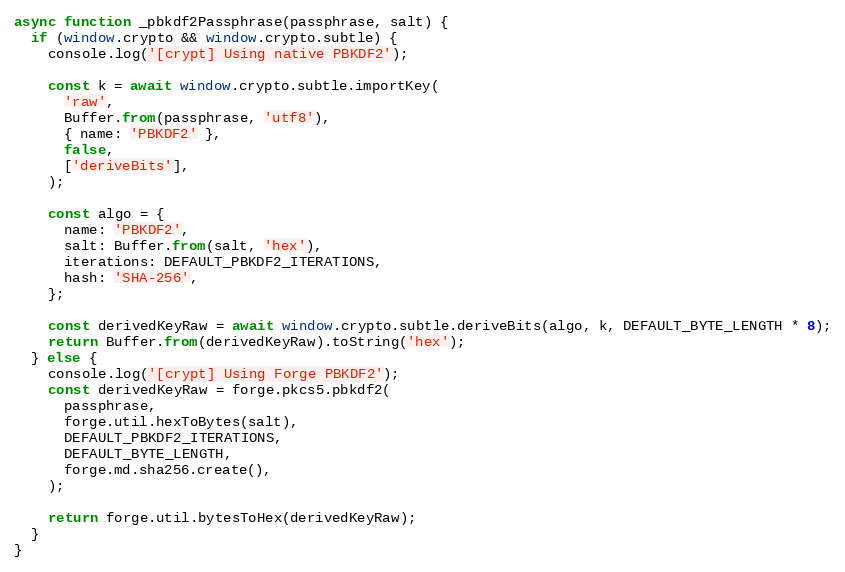
Language: JavaScript
async function _pbkdf2Passphrase(passphrase, salt) {
  if (window.crypto && window.crypto.subtle) {
    console.log('[crypt] Using native PBKDF2');

    const k = await window.crypto.subtle.importKey(
      'raw',
      Buffer.from(passphrase, 'utf8'),
      { name: 'PBKDF2' },
      false,
      ['deriveBits'],
    );

    const algo = {
      name: 'PBKDF2',
      salt: Buffer.from(salt, 'hex'),
      iterations: DEFAULT_PBKDF2_ITERATIONS,
      hash: 'SHA-256',
    };

    const derivedKeyRaw = await window.crypto.subtle.deriveBits(algo, k, DEFAULT_BYTE_LENGTH * 8);
    return Buffer.from(derivedKeyRaw).toString('hex');
  } else {
    console.log('[crypt] Using Forge PBKDF2');
    const derivedKeyRaw = forge.pkcs5.pbkdf2(
      passphrase,
      forge.util.hexToBytes(salt),
      DEFAULT_PBKDF2_ITERATIONS,
      DEFAULT_BYTE_LENGTH,
      forge.md.sha256.create(),
    );

    return forge.util.bytesToHex(derivedKeyRaw);
  }
}